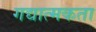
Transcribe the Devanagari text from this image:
गद्यात्मकता